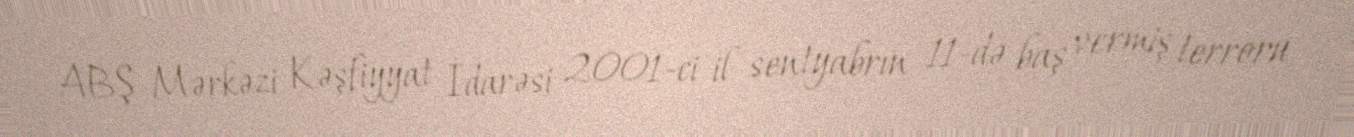
ABŞ Mərkəzi Kəşfiyyat İdarəsi 2001-ci il sentyabrın 11-də baş vermiş terroru